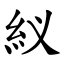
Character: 紁